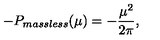
- P _ { m a s s l e s s } ( \mu ) = - \frac { \mu ^ { 2 } } { 2 \pi } ,